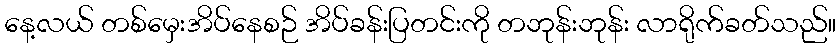
နေ့လယ် တစ်မှေးအိပ်နေစဉ် အိပ်ခန်းပြတင်းကို တဘုန်းဘုန်း လာရိုက်ခတ်သည်။